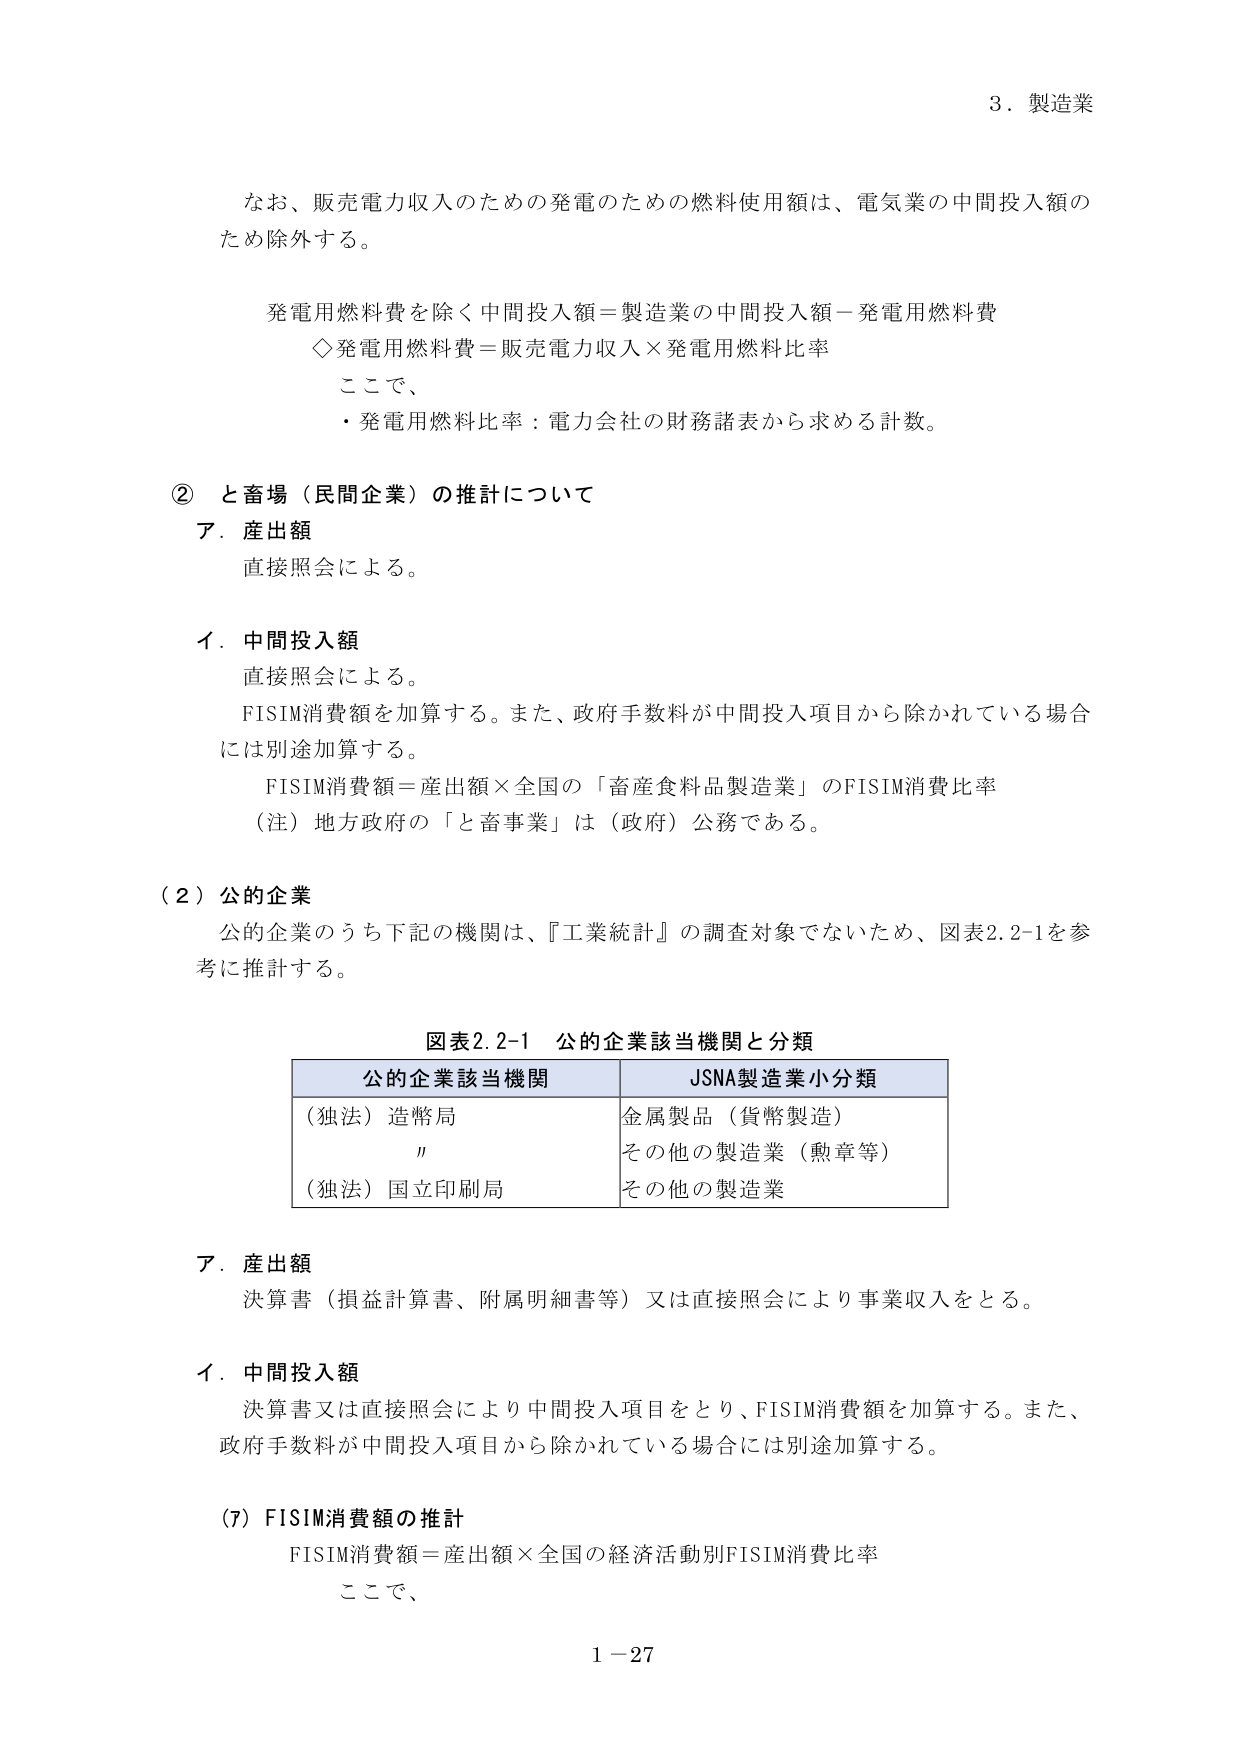
3．製造業

なお、販売電力収入のための発電のための燃料使用額は、電気業の中間投入額のため除外する。

発電用燃料費を除く中間投入額＝製造業の中間投入額－発電用燃料費
◇発電用燃料費＝販売電力収入×発電用燃料比率
ここで、
・発電用燃料比率：電力会社の財務諸表から求める計数。

② と畜場（民間企業）の推計について
ア．産出額
直接照会による。

イ．中間投入額
直接照会による。
FISIM消費額を加算する。また、政府手数料が中間投入項目から除かれている場合には別途加算する。
FISIM消費額＝産出額×全国の「畜産食料品製造業」のFISIM消費比率
（注）地方政府の「と畜事業」は（政府）公務である。

（2）公的企業
公的企業のうち下記の機関は、『工業統計』の調査対象でないため、図表2.2-1を参考に推計する。

図表2.2-1 公的企業該当機関と分類
| 公的企業該当機関 | JSNA製造業小分類 |
|------------------|------------------|
| （独法）造幣局   | 金属製品（貨幣製造） |
| 〃               | その他の製造業（勲章等） |
| （独法）国立印刷局 | その他の製造業 |

ア．産出額
決算書（損益計算書、附属明細書等）又は直接照会により事業収入をとる。

イ．中間投入額
決算書又は直接照会により中間投入項目をとり、FISIM消費額を加算する。また、政府手数料が中間投入項目から除かれている場合には別途加算する。

（7）FISIM消費額の推計
FISIM消費額＝産出額×全国の経済活動別FISIM消費比率
ここで、

1－27